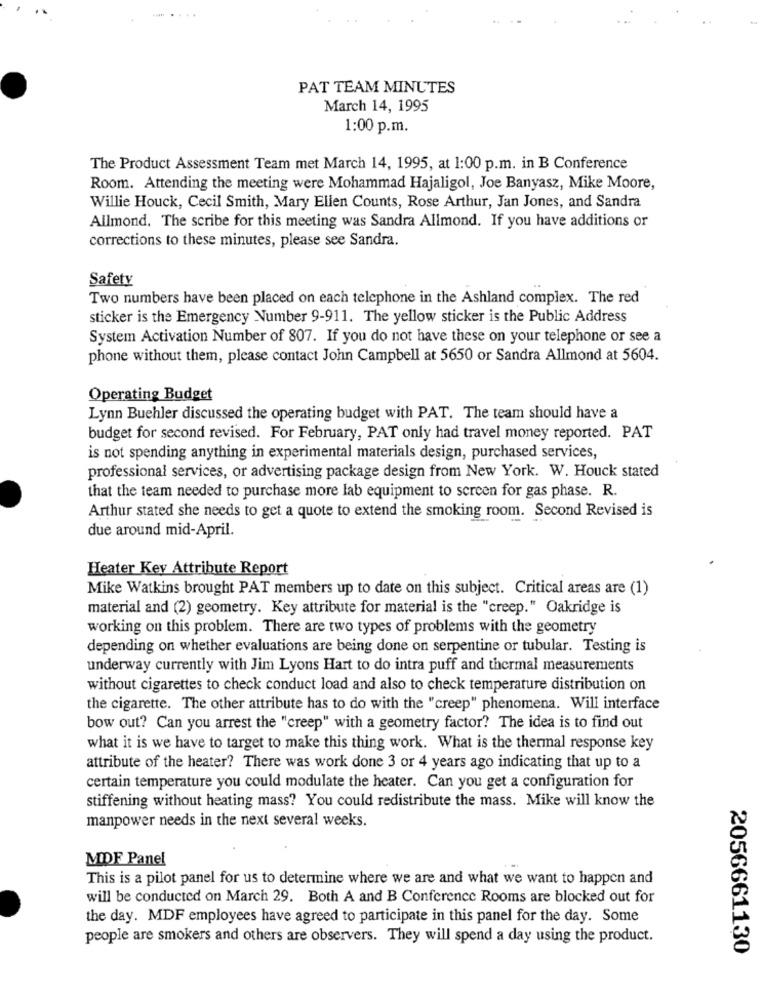
PAT TEAM MINUTES
March 14, 1995
1:00 p.m.
The Product Assessment Team met March 14, 1995, at 1:00 p.m. in B Conference
Room. Attending the meeting were Mohammad Hajaligol, Joe Banyasz, Mike Moore,
Willie Houck, Cecil Smith, Mary Ellen Counts, Rose Arthur, Jan Jones, and Sandra
Allmond. The scribe for this meeting was Sandra Allmond. If you have additions or
corrections to these minutes, please see Sandra.
Safety
Two numbers have been placed on each telephone in the Ashland complex. The red
sticker is the Emergency Number 9-911. The yellow sticker is the Public Address
System Activation Number of 807. If you do not have these on your telephone or see a
phone without them, please contact John Campbell at 5650 or Sandra Allmond at 5604.
Operating Budget
Lynn Buehler discussed the operating budget with PAT. The team should have a
budget for second revised. For February, PAT only had travel money reported. PAT
is not spending anything in experimental materials design, purchased services,
professional services, or advertising package design from New York. W. Houck stated
that the team needed to purchase more lab equipment to screen for gas phase. R.
Arthur stated she needs to get a quote to extend the smoking room. Second Revised is
due around mid-April.
Heater Key Attribute Report
Mike Watkins brought PAT members up to date on this subject. Critical areas are (1)
material and (2) geometry. Key attribute for material is the "creep." Oakridge is
working on this problem. There are two types of problems with the geometry
depending on whether evaluations are being done on serpentine or tubular. Testing is
underway currently with Jim Lyons Hart to do intra puff and thermal measurements
without cigarettes to check conduct load and also to check temperature distribution on
the cigarette. The other attribute has to do with the "creep" phenomena. Will interface
bow out? Can you arrest the "creep" with a geometry factor? The idea is to find out
what it is we have to target to make this thing work. What is the thermal response key
attribute of the heater? There was work done 3 or 4 years ago indicating that up to a
certain temperature you could modulate the heater. Can you get a configuration for
stiffening without heating mass? You could redistribute the mass. Mike will know the
manpower needs in the next several weeks.
MDF Panel
This is a pilot panel for us to determine where we are and what we want to happen and
will be conducted on March 29. Both A and B Conference Rooms are blocked out for
the day. MDF employees have agreed to participate in this panel for the day. Some
people are smokers and others are observers. They will spend a day using the product.
2056661130